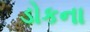
ડોકના